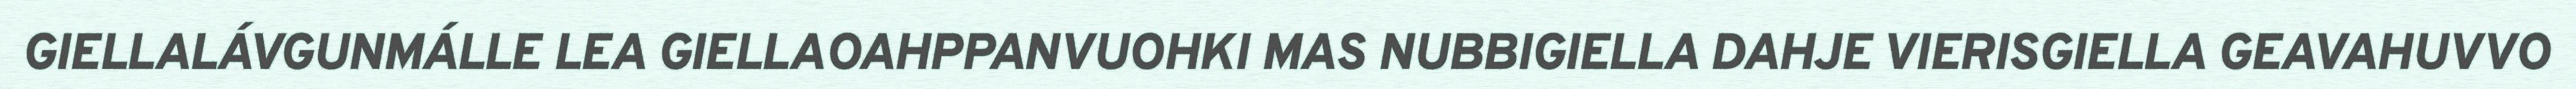
GIELLALÁVGUNMÁLLE LEA GIELLAOAHPPANVUOHKI MAS NUBBIGIELLA DAHJE VIERISGIELLA GEAVAHUVVO